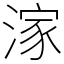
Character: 𣺊